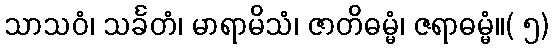
သာသဝံ၊ သင်္ခတံ၊ မာရာမိသံ၊ ဇာတိဓမ္မံ၊ ဇရာဓမ္မံ။( ၅)